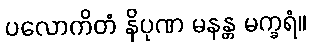
ပလောကိတံ နိပုဏ မနန္တ မက္ခရံ။